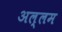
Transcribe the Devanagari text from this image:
अल्लम